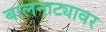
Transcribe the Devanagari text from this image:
बालनाट्यावर